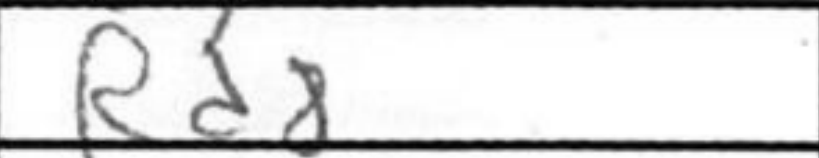
Transcription: Rd8